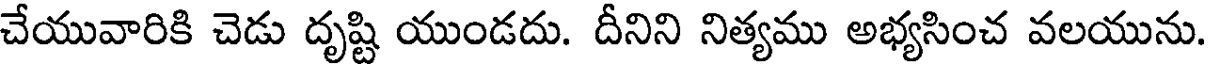
చేయువారికి చెడు దృష్టి యుండదు. దీనిని నిత్యము అభ్యసించ వలయును.